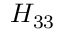
H _ { 3 3 }